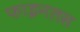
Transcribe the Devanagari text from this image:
फाइनलस